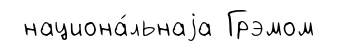
национа́льнаjа Грэмом